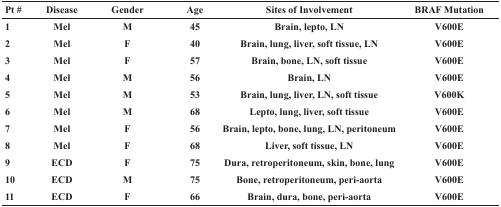
| Pt # | Disease | Gender | Age | Sites of Involvement | BRAF Mutation |
 | --- | --- | --- | --- | --- | --- |
 | 1 | Mel | M | 45 | Brain, lepto, LN | V600E |
 | 2 | Mel | F | 40 | Brain, lung, liver, soft tissue, LN | V600E |
 | 3 | Mel | F | 57 | Brain, bone, LN, soft tissue | V600E |
 | 4 | Mel | M | 56 | Brain, LN | V600E |
 | 5 | Mel | M | 53 | Brain, lung, liver, LN, soft tissue | V600K |
 | 6 | Mel | M | 68 | Lepto, lung, liver, soft tissue | V600E |
 | 7 | Mel | F | 56 | Brain, lepto, bone, lung, LN, peritoneum | V600E |
 | 8 | Mel | F | 68 | Liver, soft tissue, LN | V600E |
 | 9 | ECD | F | 75 | Dura, retroperitoneum, skin, bone, lung | V600E |
 | 10 | ECD | M | 75 | Bone, retroperitoneum, peri-aorta | V600E |
 | 11 | ECD | F | 66 | Brain, dura, bone, peri-aorta | V600E |